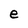
Character: e